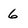
Character: 6